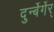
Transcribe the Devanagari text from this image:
दुर्न्बेर्गेर्